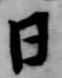
日